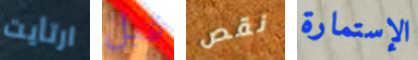
ارتأيت قبل نقص الإستمارة